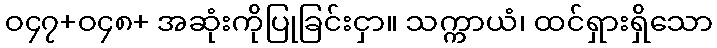
ဝ၄၇+ဝ၄၈+ အဆုံးကိုပြုခြင်းငှာ။ သက္ကာယံ၊ ထင်ရှားရှိသော